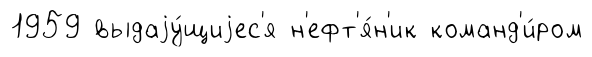
1959 выдаjу́щиjес'я н'ефт'я́н'ик команд'и́ром